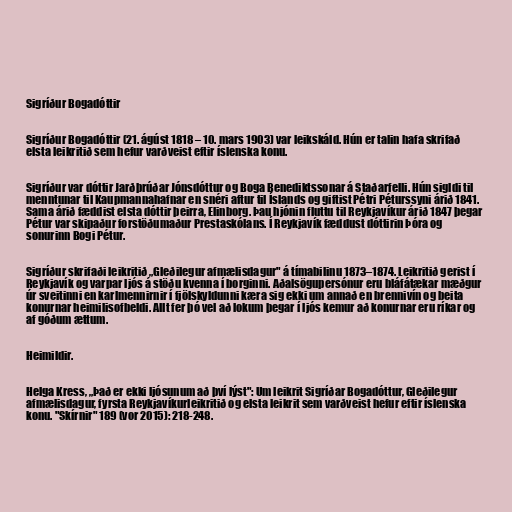
Sigríður Bogadóttir

Sigríður Bogadóttir (21. ágúst 1818 – 10. mars 1903) var leikskáld. Hún er talin hafa skrifað
elsta leikritið sem hefur varðveist eftir íslenska konu.

Sigríður var dóttir Jarðþrúðar Jónsdóttur og Boga Benediktssonar á Staðarfelli. Hún sigldi til
menntunar til Kaupmannahafnar en snéri aftur til Íslands og giftist Pétri Péturssyni árið 1841.
Sama árið fæddist elsta dóttir þeirra, Elinborg. Þau hjónin fluttu til Reykjavíkur árið 1847 þegar
Pétur var skipaður forstöðumaður Prestaskólans. Í Reykjavík fæddust dóttirin Þóra og
sonurinn Bogi Pétur.

Sigríður skrifaði leikritið „Gleðilegur afmælisdagur" á tímabilinu 1873–1874. Leikritið gerist í
Reykjavík og varpar ljós á stöðu kvenna í borginni. Aðalsögupersónur eru bláfátækar mæðgur
úr sveitinni en karlmennirnir í fjölskyldunni kæra sig ekki um annað en brennivín og beita
konurnar heimilisofbeldi. Allt fer þó vel að lokum þegar í ljós kemur að konurnar eru ríkar og
af góðum ættum.

Heimildir.

Helga Kress, „Það er ekki ljósunum að því lýst": Um leikrit Sigríðar Bogadóttur, Gleðilegur
afmælisdagur, fyrsta Reykjavíkurleikritið og elsta leikrit sem varðveist hefur eftir íslenska
konu. "Skírnir" 189 (vor 2015): 218-248.